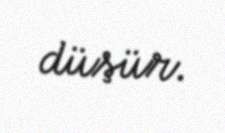
düşür.